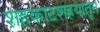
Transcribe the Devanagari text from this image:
शहकाटशहयातून